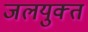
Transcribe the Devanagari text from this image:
जलयुक्‍त